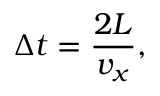
\Delta t = { \frac { 2 L } { v _ { x } } } ,